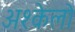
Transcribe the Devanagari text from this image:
अश्केलो